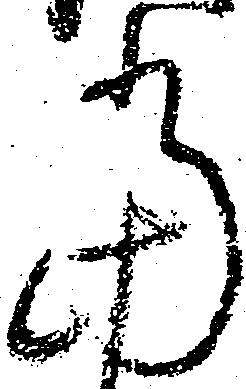
当